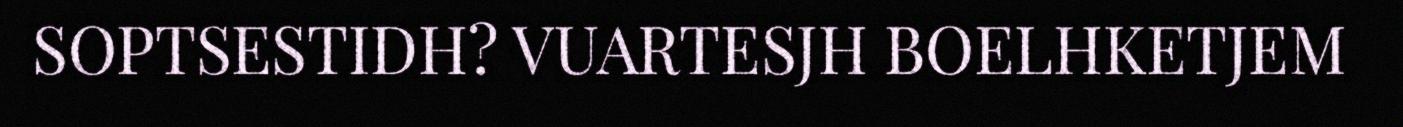
SOPTSESTIDH? VUARTESJH BOELHKETJEM